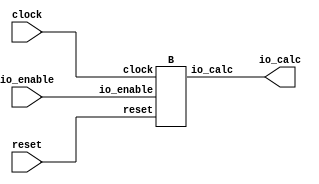
module A(
    input clock,
    input reset,
    input io_enable,
    output [2:0] io_calc
);
    wire _sub__clock;
    wire _sub__reset;
    wire _sub__io_enable;
    wire [2:0] _sub__io_calc;
    B sub (
        .clock(_sub__clock),
        .reset(_sub__reset),
        .io_enable(_sub__io_enable),
        .io_calc(_sub__io_calc)
    );
    assign io_calc = _sub__io_calc;
    assign _sub__clock = clock;
    assign _sub__io_enable = io_enable;
    assign _sub__reset = reset;
endmodule //A
module B(
    input clock,
    input reset,
    input io_enable,
    output [2:0] io_calc
);
    wire [2:0] _counter__q;
    wire [2:0] _counter__d;
    DFF_POSCLK #(.width(3)) counter (
        .q(_counter__q),
        .d(_counter__d),
        .clk(clock)
    );
    wire [2:0] _WTEMP_0;
    MUX_UNSIGNED #(.width(3)) u_mux_1 (
        .y(_counter__d),
        .sel(reset),
        .a(3'h0),
        .b(_WTEMP_0)
    );
    wire [3:0] _T_7;
    wire [2:0] _WTEMP_1;
    PAD_UNSIGNED #(.width(1), .n(3)) u_pad_2 (
        .y(_WTEMP_1),
        .in(1'h1)
    );
    ADD_UNSIGNED #(.width(3)) u_add_3 (
        .y(_T_7),
        .a(_counter__q),
        .b(_WTEMP_1)
    );
    wire [2:0] _T_8;
    TAIL #(.width(4), .n(1)) tail_4 (
        .y(_T_8),
        .in(_T_7)
    );
    MUX_UNSIGNED #(.width(3)) u_mux_5 (
        .y(_WTEMP_0),
        .sel(io_enable),
        .a(_T_8),
        .b(_counter__q)
    );
    assign io_calc = _counter__q;
endmodule //B
module DFF_POSCLK(q, d, clk);
    parameter width = 4;
    output reg [width-1:0] q;
    input [width-1:0] d;
    input clk;
    always @(posedge clk) begin
        q <= d;
    end
endmodule // DFF_POSCLK
module MUX_UNSIGNED(y, sel, a, b);
    parameter width = 4;
    output [width-1:0] y;
    input sel;
    input [width-1:0] a;
    input [width-1:0] b;
    assign y = sel ? a : b;
endmodule // MUX_UNSIGNED
module PAD_UNSIGNED(y, in);
    parameter width = 4;
    parameter n = 4;
    output [(n > width ? n : width)-1:0] y;
    input [width-1:0] in;
    assign y = (n > width) ? {{(n - width){1'b0}}, in} : in;
endmodule // PAD_UNSIGNED
module ADD_UNSIGNED(y, a, b);
    parameter width = 4;
    output [width:0] y;
    input [width-1:0] a;
    input [width-1:0] b;
    assign y = a + b;
endmodule // ADD_UNSIGNED
module TAIL(y, in);
    parameter width = 4;
    parameter n = 2;
    output [width-n-1:0] y;
    input [width-1:0] in;
    assign y = in[width-n-1:0];
endmodule // TAIL